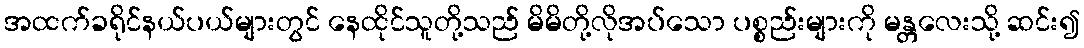
အထက်ခရိုင်နယ်ပယ်များတွင် နေထိုင်သူတို့သည် မိမိတို့လိုအပ်သော ပစ္စည်းများကို မန္တလေးသို့ ဆင်း၍